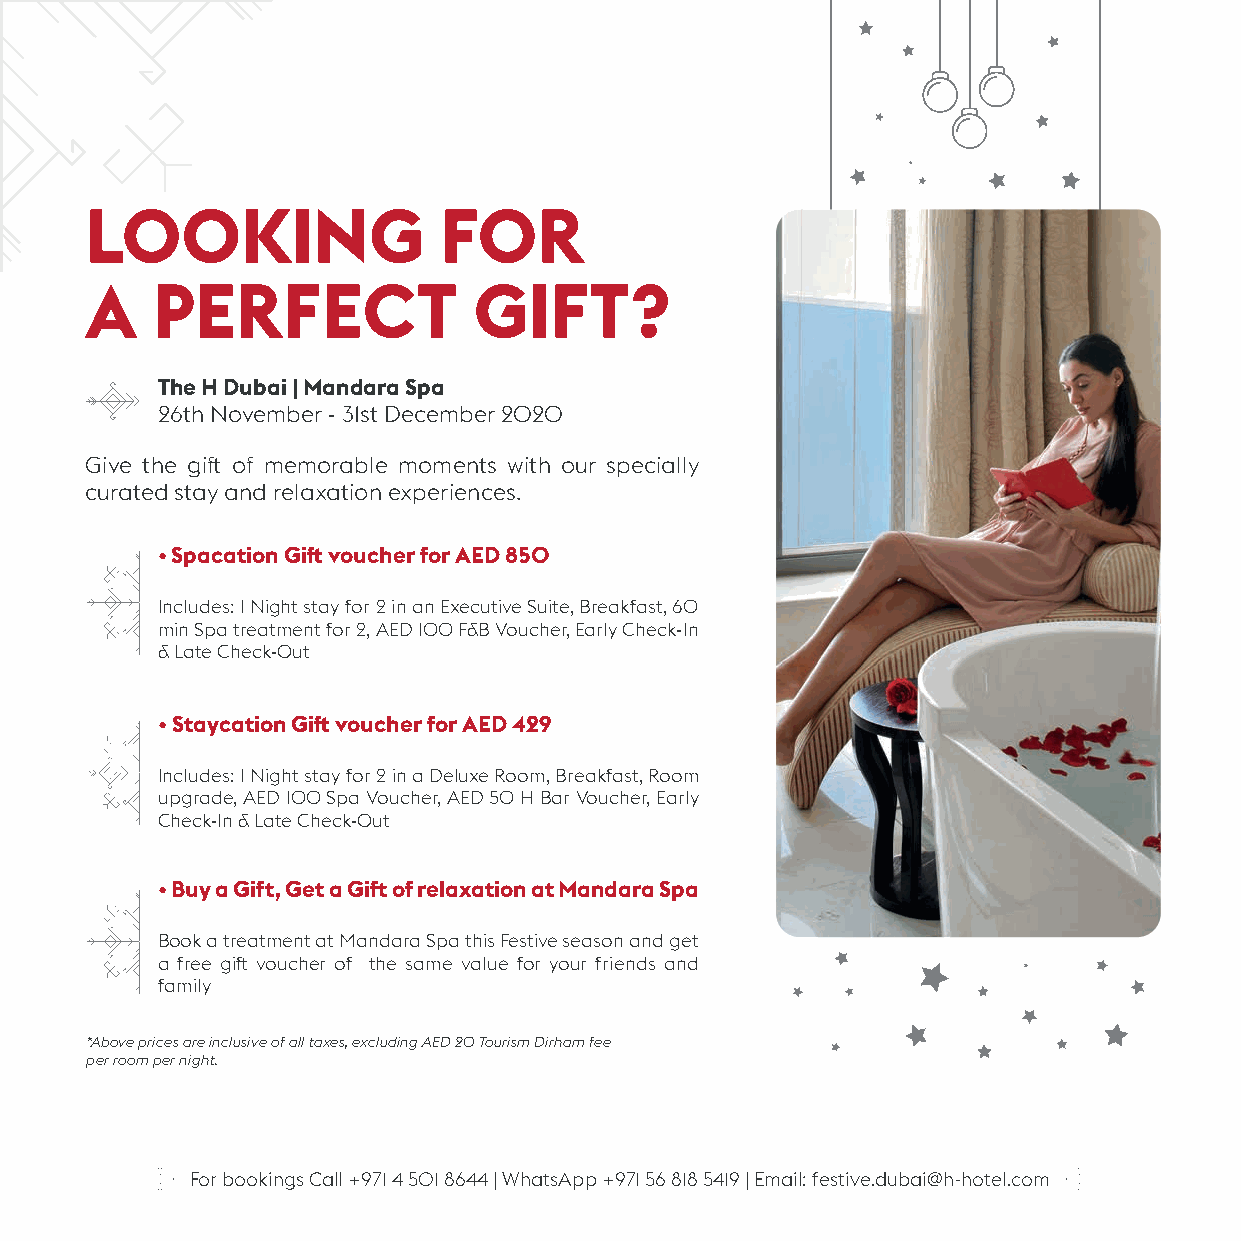
LOOKING                FOR
 A   PERFECT              GIFT?
 The H Dubai | Mandara Spa
 26th November - 31st December 2020
 Give the gift of memorable moments with our specially
 curated stay and relaxation experiences.
 • Spacation Gift voucher for AED 850
 Includes: 1 Night stay for 2 in an Executive Suite, Breakfast, 60
 min Spa treatment for 2, AED 100 F&B Voucher, Early Check-In
 & Late Check-Out
 • Staycation Gift voucher for AED 429
 Includes: 1 Night stay for 2 in a Deluxe Room, Breakfast, Room
 upgrade, AED 100 Spa Voucher, AED 50 H Bar Voucher, Early
 Check-In & Late Check-Out
 • Buy a Gift, Get a Gift of relaxation at Mandara Spa
 Book a treatment at Mandara Spa this Festive season and get
 a free gift voucher of the same value for your friends and
 family
 *Above prices are inclusive of all taxes, excluding AED 20 Tourism Dirham fee
 per room per night.
 For bookings Call +971 4 501 8644 | WhatsApp +971 56 818 5419 | Email: festive.dubai@h-hotel.com